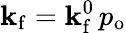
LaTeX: \mathbf{k}_{\mathrm{{f}}}=\mathbf{k}_{\mathrm{{f}}}^{0}\, p_{\mathrm{{o}}}